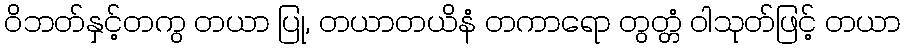
ဝိဘတ်နှင့်တကွ တယာ ပြု, တယာတယိနံ တကာရော တွတ္တံ ဝါသုတ်ဖြင့် တယာ